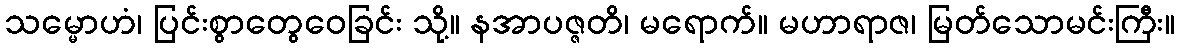
သမ္မောဟံ၊ ပြင်းစွာတွေဝေခြင်း သို့။ နအာပဇ္ဇတိ၊ မရောက်။ မဟာရာဇ၊ မြတ်သောမင်းကြီး။